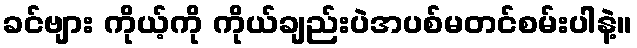
ခင်ဗျား ကိုယ့်ကို ကိုယ်ချည်းပဲအပစ်မတင်စမ်းပါနဲ့။